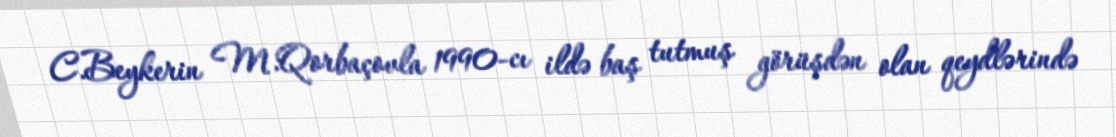
C.Beykerin M.Qorbaçovla 1990-cı ildə baş tutmuş görüşdən olan qeydlərində